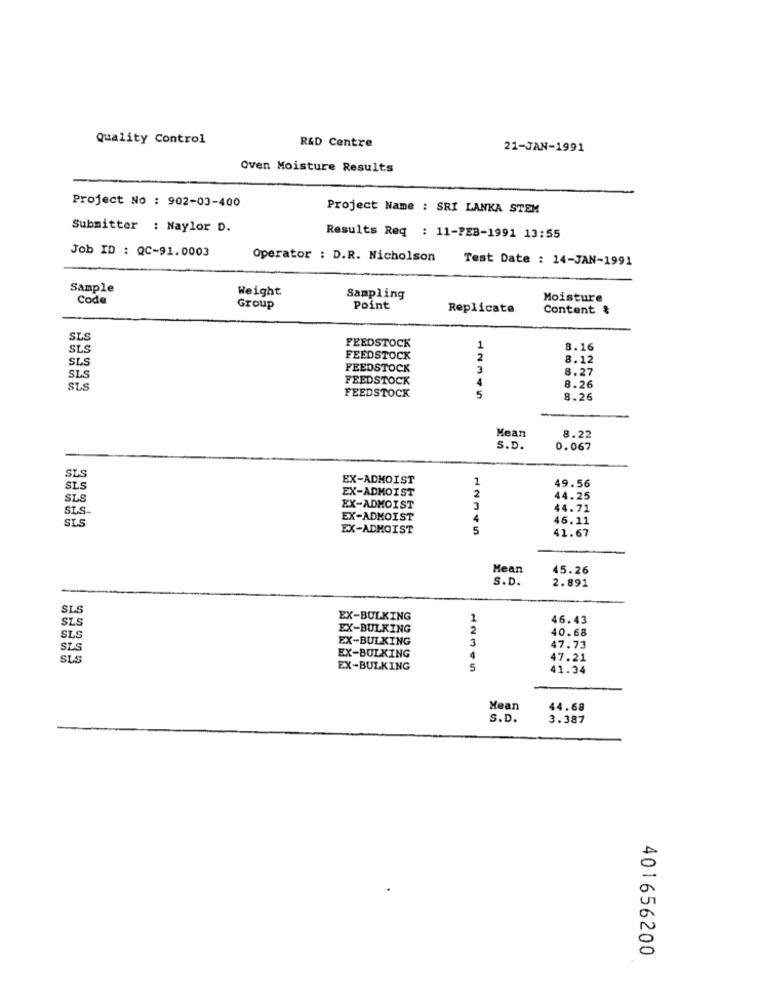
Quality Control
R&D Centre
21-JAN-1991
Oven Moisture Results
Project No : 902-03-400
Project Name : SRI LANKA STEM
Submitter : Naylor D.
Results Req : 11-FEB-1991 13:55
Job ID : QC-91.0003
Operator : D.R. Nicholson
Test Date : 14-JAN-1991
Sample
Weight
Code
Sampling
Moisture
Group
Point
Replicate
Content &
SLS
SL
FEEDSTOCK
1
8.16
SLS
FEEDSTOCK
2
8.12
FEEDSTOCK
8.27
SL
FEEDSTOCK
4
SL
8.26
FEEDSTOCK
5
8.26
Mean
8.22
S.D.
0.067
SLS
EX-ADMOIST
1
SLS
EX-ADMOIST
2
49.56
SLS
44.25
SIS-
EX-ADMOIST
3
44.71
SIS
EX-ADMOIST
4
46.11
EX-ADMOIST
5
41.67
Mean
15.26
S.D.
2.891
SLS
SLS
EX-BULKING
1
46.43
EX-BULKING
2
40.68
SLS
EX-BULKING
3
SLS
EX-BULKING
47.73
SLS
47.21
EX-BULKING
41.34
Mean
44.68
S.D.
3.387
401656200